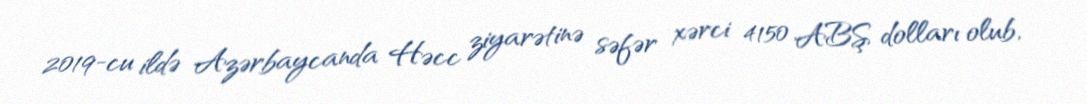
2019-cu ildə Azərbaycanda Həcc ziyarətinə səfər xərci 4150 ABŞ dolları olub,